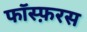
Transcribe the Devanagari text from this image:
फॉस्फ़रस